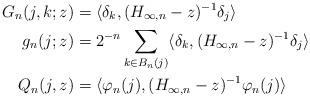
LaTeX: \begin{align*}G_n(j, k; z) &= \langle \delta_k, (H_{\infty, n} - z)^{-1} \delta_j \rangle\\g_n(j; z) &= 2^{-n} \sum_{k \in B_n(j)} \langle \delta_k, (H_{\infty, n} - z)^{-1} \delta_j \rangle\\Q_n(j, z) &= \langle \varphi_n(j),(H_{\infty, n} - z)^{-1} \varphi_n(j) \rangle\end{align*}